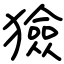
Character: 獫